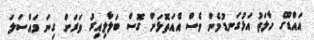
އައްޑޫގެ ހާލަތު އަޅުގަނޑުމެން ވެސް އެއަތޮޅަށް ގޮސް ބަލާލިއިރު ވަރަށް ގިނަ މައްސަލަ